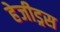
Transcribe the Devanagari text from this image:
हेजीड्रस